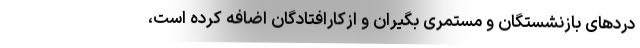
دردهای بازنشستگان و مستمری بگیران و ازکارافتادگان اضافه کرده است،